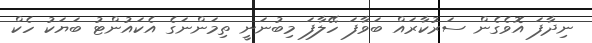
ނިދާފަ އޮވެގެން ސަރުކާރައް ބަވާފަ ހޭލާފަ މިބުނަނީ ތިމަންނަގެ އެކައުންޓު ބަޔަކު ހެކް